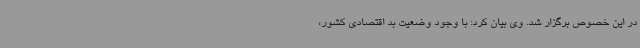
در این خصوص برگزار شد. وی بیان کرد: با وجود وضعیت بد اقتصادی کشور،